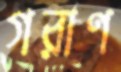
গরাণ